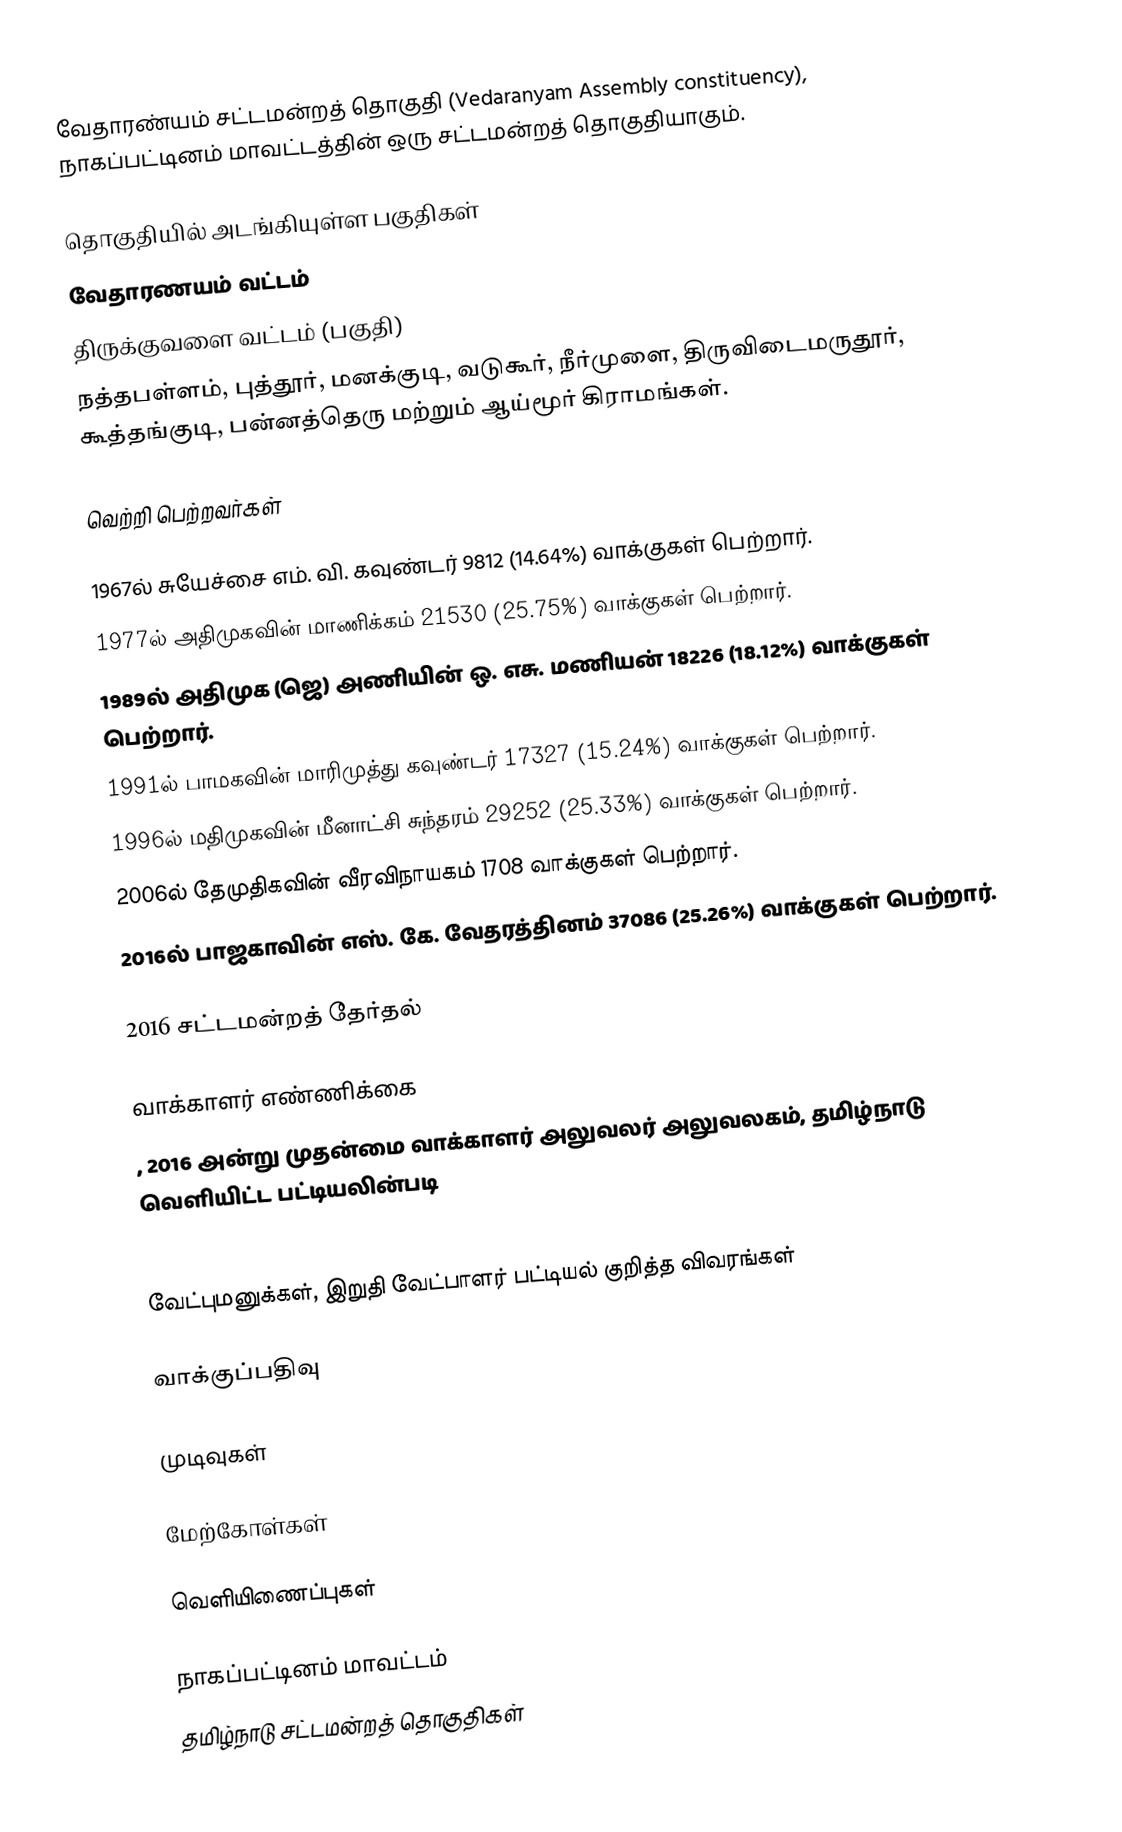
வேதாரண்யம் சட்டமன்றத் தொகுதி (Vedaranyam Assembly constituency), நாகப்பட்டினம் மாவட்டத்தின் ஒரு சட்டமன்றத் தொகுதியாகும்.

தொகுதியில் அடங்கியுள்ள பகுதிகள்
வேதாரணயம் வட்டம்
திருக்குவளை வட்டம் (பகுதி)
நத்தபள்ளம், புத்தூர், மனக்குடி, வடுகூர், நீர்முளை, திருவிடைமருதூர், கூத்தங்குடி, பன்னத்தெரு மற்றும் ஆய்மூர் கிராமங்கள்.

வெற்றி பெற்றவர்கள்

1967ல் சுயேச்சை எம். வி. கவுண்டர் 9812 (14.64%) வாக்குகள் பெற்றார்.
1977ல் அதிமுகவின் மாணிக்கம் 21530 (25.75%) வாக்குகள் பெற்றார்.
1989ல் அதிமுக (ஜெ) அணியின் ஒ. எசு. மணியன் 18226 (18.12%) வாக்குகள் பெற்றார்.
1991ல் பாமகவின் மாரிமுத்து கவுண்டர் 17327 (15.24%) வாக்குகள் பெற்றார்.
1996ல் மதிமுகவின் மீனாட்சி சுந்தரம் 29252 (25.33%) வாக்குகள் பெற்றார்.
2006ல்  தேமுதிகவின் வீரவிநாயகம் 1708 வாக்குகள் பெற்றார்.
 2016ல் பாஜகாவின் எஸ். கே. வேதரத்தினம் 37086 (25.26%) வாக்குகள் பெற்றார்.

2016 சட்டமன்றத் தேர்தல்

வாக்காளர் எண்ணிக்கை
, 2016 அன்று முதன்மை வாக்காளர் அலுவலர் அலுவலகம், தமிழ்நாடு வெளியிட்ட பட்டியலின்படி
,

வேட்புமனுக்கள், இறுதி வேட்பாளர் பட்டியல் குறித்த விவரங்கள்

வாக்குப்பதிவு

முடிவுகள்

மேற்கோள்கள்

வெளியிணைப்புகள்

நாகப்பட்டினம் மாவட்டம்
தமிழ்நாடு சட்டமன்றத் தொகுதிகள்